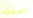
الصفقه